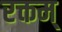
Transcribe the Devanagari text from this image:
रक्तम्